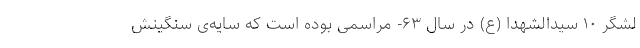
لشگر ۱۰ سیدالشهدا (ع) در سال ۶۳- مراسمی بوده است که سایه‌ی سنگینش